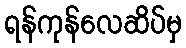
ရန်ကုန်လေဆိပ်မှ